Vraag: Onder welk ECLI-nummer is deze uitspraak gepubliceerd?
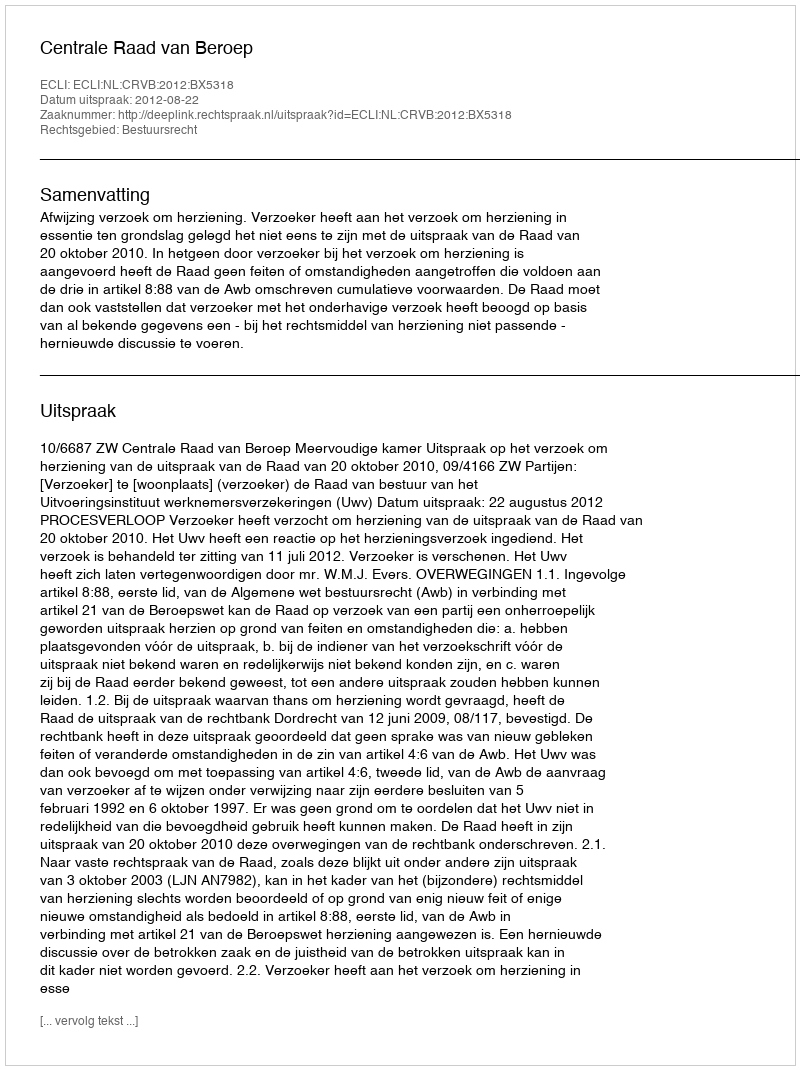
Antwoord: ECLI:NL:CRVB:2012:BX5318